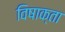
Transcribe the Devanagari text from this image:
विषाक्ता